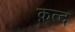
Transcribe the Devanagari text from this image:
क़त्द